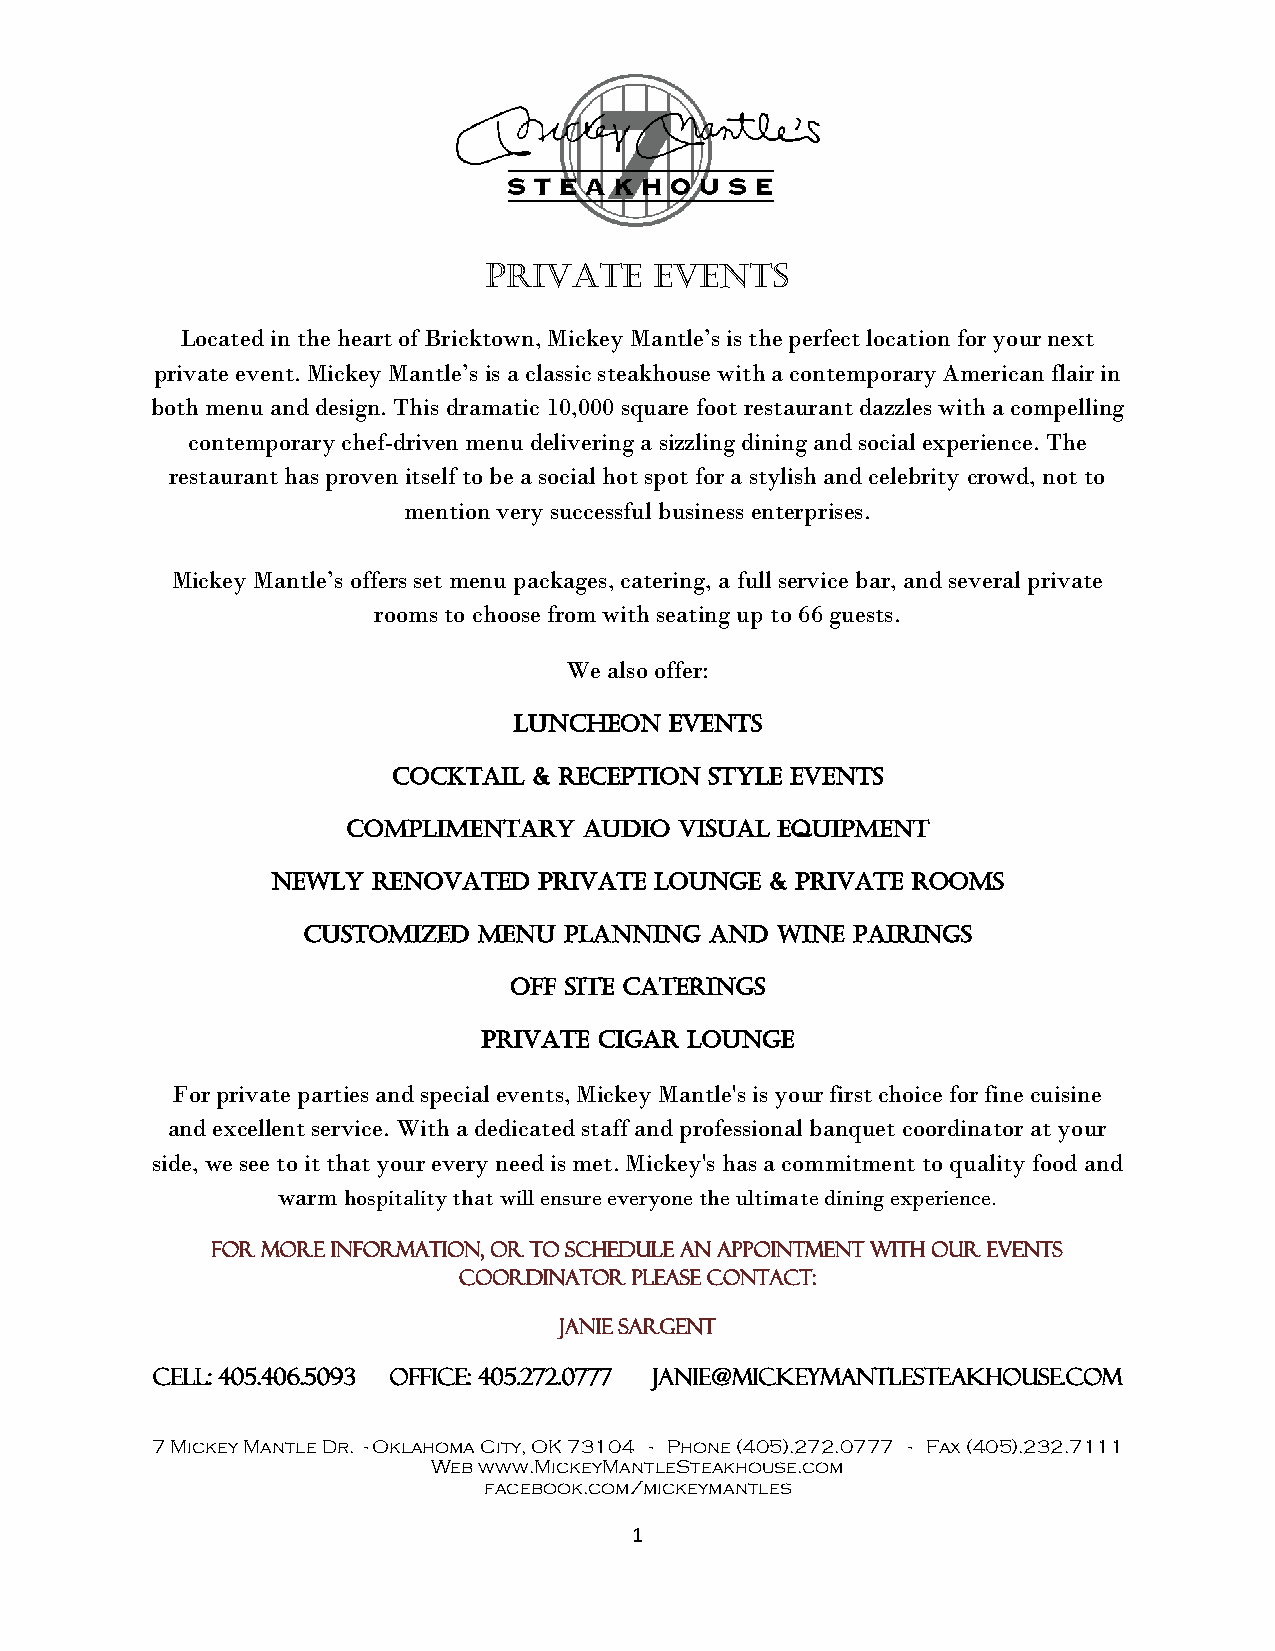
Private    Events
 Located in the heart of Bricktown, Mickey Mantle’s is the perfect location for your next
 private event. Mickey Mantle’s is a classic steakhouse with a contemporary American flair in
 both menu and design. This dramatic 10,000 square foot restaurant dazzles with a compelling
 contemporary chef-driven menu delivering a sizzling dining and social experience. The
 restaurant has proven itself to be a social hot spot for a stylish and celebrity crowd, not to
 mention very successful business enterprises.
 Mickey Mantle’s offers set menu packages, catering, a full service bar, and several private
 rooms to choose from with seating up to 66 guests.
 We also offer:
 Luncheon  events
 Cocktail & Reception Style events
 Complimentary   Audio Visual Equipment
 Newly  Renovated  Private Lounge & Private Rooms
 Customized  Menu Planning  and Wine Pairings
 OFF SITE CATERINGS
 Private cigar lounge
 For private parties and special events, Mickey Mantle's is your first choice for fine cuisine
 and excellent service. With a dedicated staff and professional banquet coordinator at your
 side, we see to it that your every need is met. Mickey's has a commitment to quality food and
 warm hospitality that will ensure everyone the ultimate dining experience.
 For more information, or to schedule an appointment with our Events
 Coordinator please contact:
 Janie Sargent
 Cell: 405.406.5093 Office: 405.272.0777 Janie@MickeyMantleSteakhouse.com
 7 Mickey Mantle Dr. - Oklahoma City, OK 73104 - Phone (405).272.0777 - Fax (405).232.7111
 Web www.MickeyMantleSteakhouse.com
 facebook.com/mickeymantles
 1